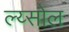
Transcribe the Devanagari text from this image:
ल्य्सोल